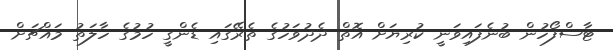
ޓާސްފޯހުން ބުނެފައިވަނީ ކުރިޔަށް އޮތް ދެދުވަހުގެ ތެރޭގައި ޑެންގީ ހުމުގެ ހާލަތު މައްޗަށް